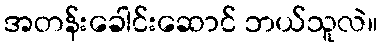
အတန်းခေါင်းဆောင် ဘယ်သူလဲ။